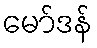
မော်ဒန်